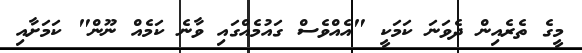
މީގެ ތެރެއިން ދެވަނަ ކަމަކީ "އެއްވެސް ގައުމެއްގައި ވާނެ ކަމެއް ނޫން" ކަމަށާއި